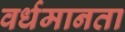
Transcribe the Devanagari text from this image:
वर्धमानता